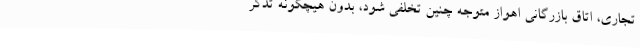
تجاری، اتاق بازرگانی اهواز متوجه چنین تخلفی شود، بدون هیچگونه تذکر